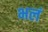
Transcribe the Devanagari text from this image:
भलं